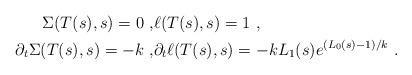
LaTeX: \begin{align*}\Sigma(T(s),s) = 0\ , & \ell(T(s),s) = 1\ , \\ \partial_t \Sigma(T(s),s) = - k\ , & \partial_t \ell(T(s),s) = - k L_1(s) e^{(L_0(s)-1)/k}\ . \end{align*}